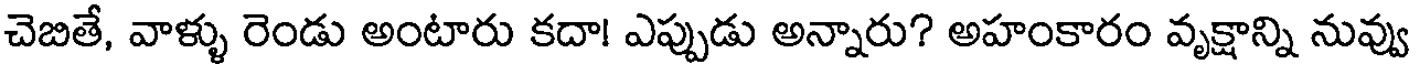
చెబితే, వాళ్ళు రెండు అంటారు కదా! ఎప్పుడు అన్నారు? అహంకారం వృక్షాన్ని నువ్వు